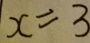
x = 3